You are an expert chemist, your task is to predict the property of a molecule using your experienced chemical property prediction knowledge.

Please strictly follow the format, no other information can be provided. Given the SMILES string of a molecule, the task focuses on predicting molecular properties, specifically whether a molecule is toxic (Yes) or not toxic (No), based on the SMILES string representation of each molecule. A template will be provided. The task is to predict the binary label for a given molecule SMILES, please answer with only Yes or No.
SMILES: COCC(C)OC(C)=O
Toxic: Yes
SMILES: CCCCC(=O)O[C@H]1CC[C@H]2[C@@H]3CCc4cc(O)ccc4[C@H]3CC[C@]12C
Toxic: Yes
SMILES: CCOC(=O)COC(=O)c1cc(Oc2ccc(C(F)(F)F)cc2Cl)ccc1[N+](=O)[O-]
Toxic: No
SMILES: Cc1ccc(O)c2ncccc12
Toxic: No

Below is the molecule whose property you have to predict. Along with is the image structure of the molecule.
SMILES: CCCCCCCCCCCCCCCCCBr
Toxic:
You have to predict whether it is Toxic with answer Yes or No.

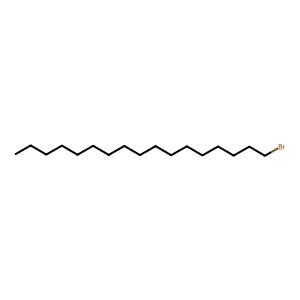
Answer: No